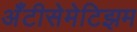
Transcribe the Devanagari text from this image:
अँटीसेमेटिझम